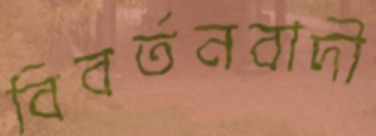
বিবর্তনবাদী